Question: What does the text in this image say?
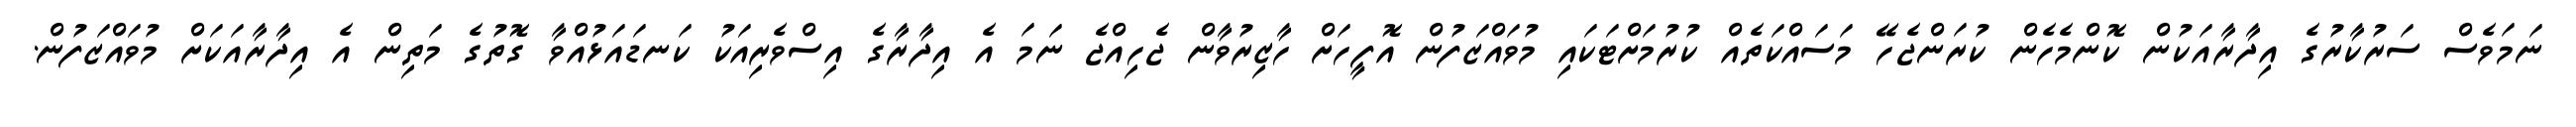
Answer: ނަމަވެސް ސަރުކާރުގެ އިދާރާއަކުން ކޮންމެހެން ކުރަންޖެހޭ މަސައްކަތެއް ކުރުމަށްޓަކައި މުވައްޒަފުން އޮފީހަށް ހާޒިރުވާން ޖެހިއްޖެ ނަމަ އެ އިދާރާގެ އިސްވެރިއަކު ކަނޑައަޅުއްވާ ގޮތުގެ މަތިން އެ އިދާރާއަކަށް މުވައްޒަފުން.